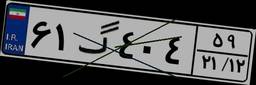
۶۱گ۴۰۴۵۹